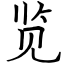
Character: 览